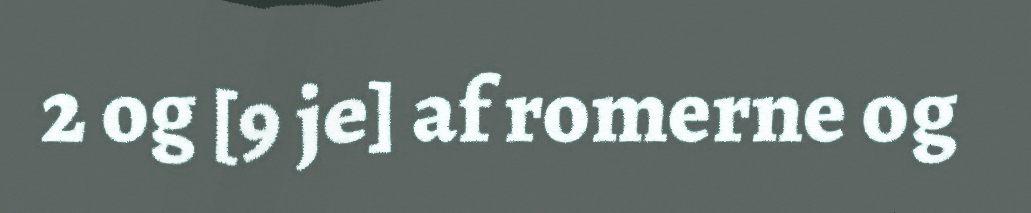
2 og [9 je] af romerne og